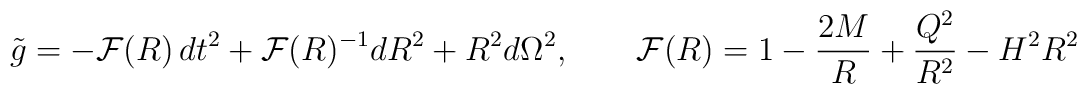
\tilde{g}=-{\cal F}(R)\,dt^2+{\cal F}(R)^{-1}dR^2+R^2d\Omega^2,\qquad{\cal F}(R)=1-\frac{2M}{R}+\frac{Q^2}{R^2}-H^2R^2